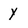
Character: Y